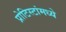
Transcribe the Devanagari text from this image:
प्रोटिस्टांमध्ये